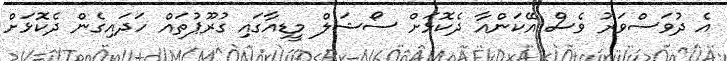
އެ ދުވަސްވަރު ވެސް އޭކަންއާ ދެކޮޅަށް ސޯޝަލް މީޑިއާގައި ގުރޫޕުތައް ހަދައިގެން ދެކޮޅަށް